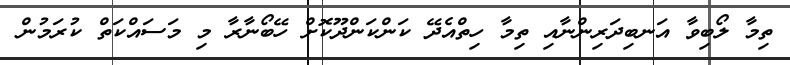
ތިމާ ލޯބިވާ އަނބިދަރިންނާއި ތިމާ ހިތްއެދޭ ކަންކަންދޫކޮށް ހޭބޯނާރާ މި މަސައްކަތް ކުރަމުން